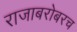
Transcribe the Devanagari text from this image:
राजाबरोबरच